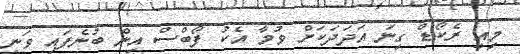
މިއީ ރެކޯޑް ގިނަ އަދަދަކަށް ވުމާ އެކު ފޯބްސް އިން ބުނެފައި ވަނީ